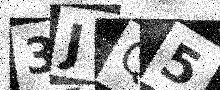
Text: 3JQ5